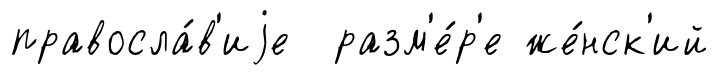
правосла́в'иjе разм'е́р'е же́нск'ий